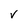
Character: v